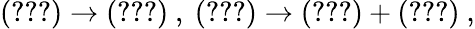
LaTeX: (\ref{sixf1})\rightarrow(\ref{sixf1})~,~(\ref{sixf2})\rightarrow(\ref{sixf2})+(\ref{ssixf})~,